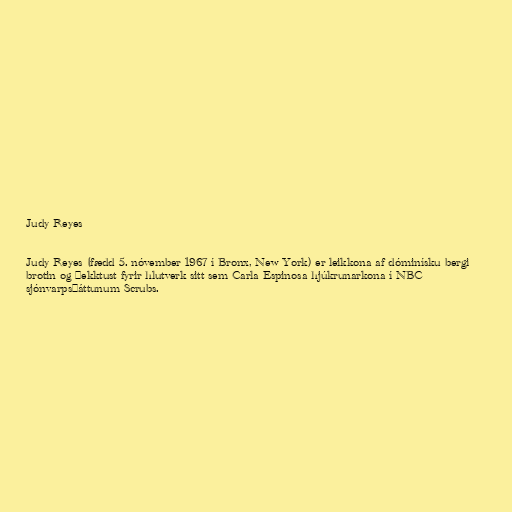
Judy Reyes

Judy Reyes (fædd 5. nóvember 1967 í Bronx, New York) er leikkona af dóminísku bergi
brotin og þekktust fyrir hlutverk sitt sem Carla Espinosa hjúkrunarkona í NBC
sjónvarpsþáttunum Scrubs.